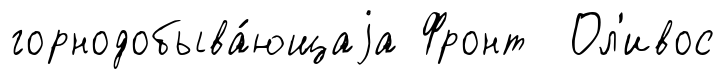
горнодобыва́ющаjа Фронт Ол'ивос